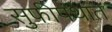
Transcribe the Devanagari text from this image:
सुफीपंथात